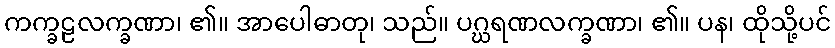
ကက္ခဠလက္ခဏာ၊ ၏။ အာပေါဓာတု၊ သည်။ ပဂ္ဃရဏလက္ခဏာ၊ ၏။ ပန၊ ထိုသို့ပင်